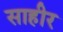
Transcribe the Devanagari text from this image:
साहीर